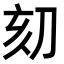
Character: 𠛳